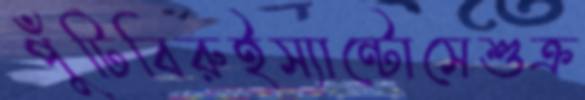
পুঁটিবিরুইস্যান্টোসেশুক্র